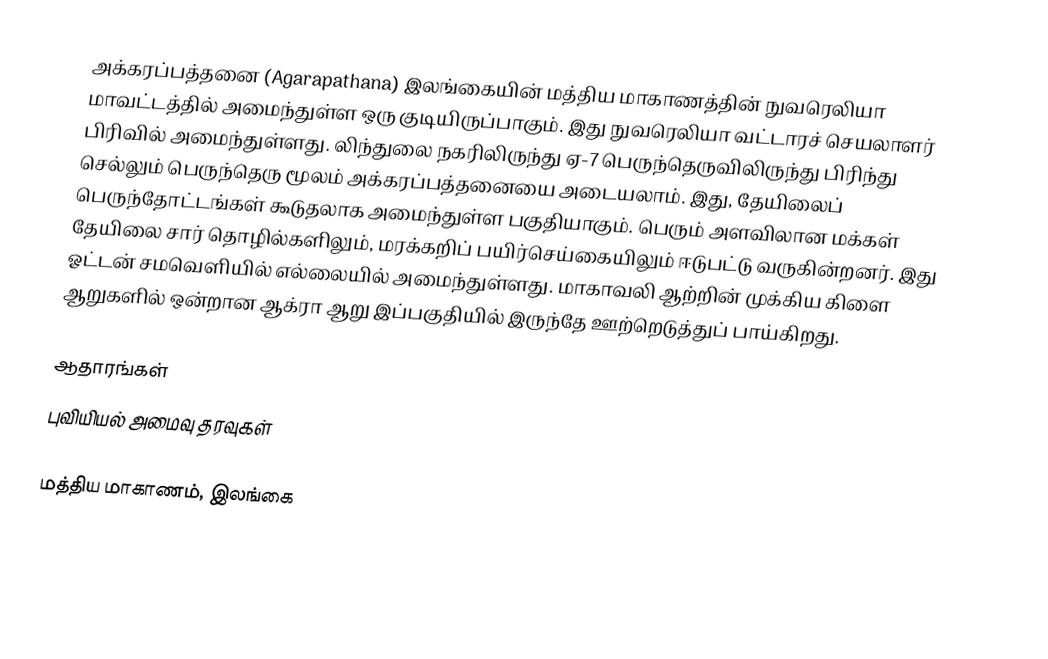
அக்கரப்பத்தனை (Agarapathana) இலங்கையின் மத்திய மாகாணத்தின் நுவரெலியா மாவட்டத்தில் அமைந்துள்ள ஒரு குடியிருப்பாகும். இது நுவரெலியா வட்டாரச் செயலாளர் பிரிவில் அமைந்துள்ளது. லிந்துலை நகரிலிருந்து ஏ-7 பெருந்தெருவிலிருந்து பிரிந்து செல்லும் பெருந்தெரு மூலம் அக்கரப்பத்தனையை அடையலாம். இது, தேயிலைப் பெருந்தோட்டங்கள் கூடுதலாக அமைந்துள்ள பகுதியாகும். பெரும் அளவிலான மக்கள் தேயிலை சார் தொழில்களிலும், மரக்கறிப் பயிர்செய்கையிலும் ஈடுபட்டு வருகின்றனர். இது ஓட்டன் சமவெளியில் எல்லையில் அமைந்துள்ளது. மாகாவலி ஆற்றின் முக்கிய கிளை ஆறுகளில் ஒன்றான ஆக்ரா ஆறு இப்பகுதியில் இருந்தே ஊற்றெடுத்துப் பாய்கிறது.

ஆதாரங்கள்
புவியியல் அமைவு தரவுகள்

மத்திய மாகாணம், இலங்கை